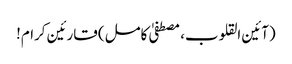
(آئین القلوب، مصطفیٰ کامل) قارئین کرام!